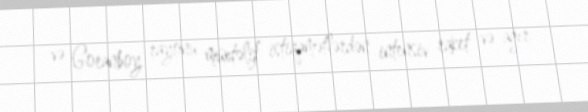
və Goranboy rayonu müxtəlif istiqamətlərdən intensiv raket və ağır